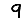
Digit: 9